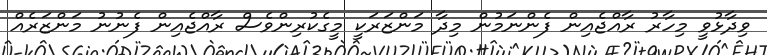
ވިދާޅުވީ މިހާރު ރާއްޖެއިން ފެންނަމުން މިދާ މަންޒަރަކީ މީގެކުރިންވެސް ރާއްޖެއިން ފެނުނު މަންޒަރެއް